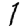
Digit: 1